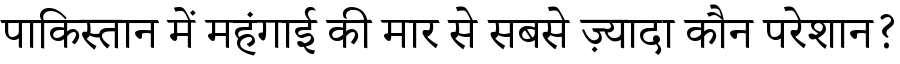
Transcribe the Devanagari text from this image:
पाकिस्तान में महंगाई की मार से सबसे ज़्यादा कौन परेशान?